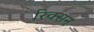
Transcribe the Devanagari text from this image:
रिक्सन